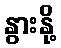
နွားနို့